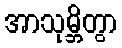
အာသုမ္ဘိတွာ